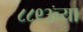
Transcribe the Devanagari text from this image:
८८९३च्या